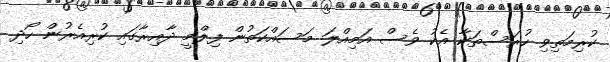
ކުރިމަތިވި ހުރަސްތަކާ އެކު ވެސް އަމިއްލަ މަސައްކަތުން ފިލްމީ ދާއިރާގައި ކުރިއެރުން ހޯދި